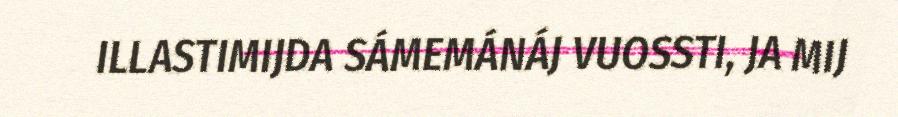
ILLASTIMIJDA SÁMEMÁNÁJ VUOSSTI, JA MIJ